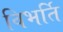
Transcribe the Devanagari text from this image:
विभर्ति